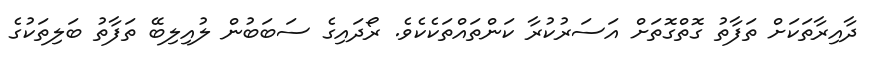
ދާއިރާތަކަށް ތަފާތު ގޮތްގޮތަށް އަސަރުކުރާ ކަންތައްތަކެކެވެ. ރޯދައިގެ ސަބަބުން ލުއިލިބޭ ތަފާތު ބަލިތަކުގެ